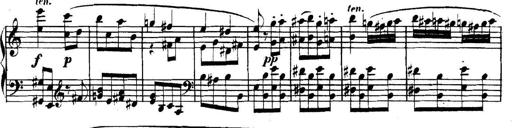
Title: Collected Piano Sonatas
Composer: Muzio Clementi